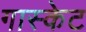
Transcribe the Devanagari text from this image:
गास्केट